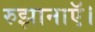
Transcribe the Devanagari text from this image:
रुझानाऍ।